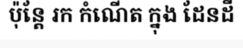
ប៉ុន្តែ រក កំណើត ក្នុង ដែនដី